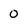
Character: 0